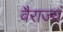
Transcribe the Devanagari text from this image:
वैराज्यं